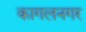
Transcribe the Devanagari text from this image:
कागलनगर